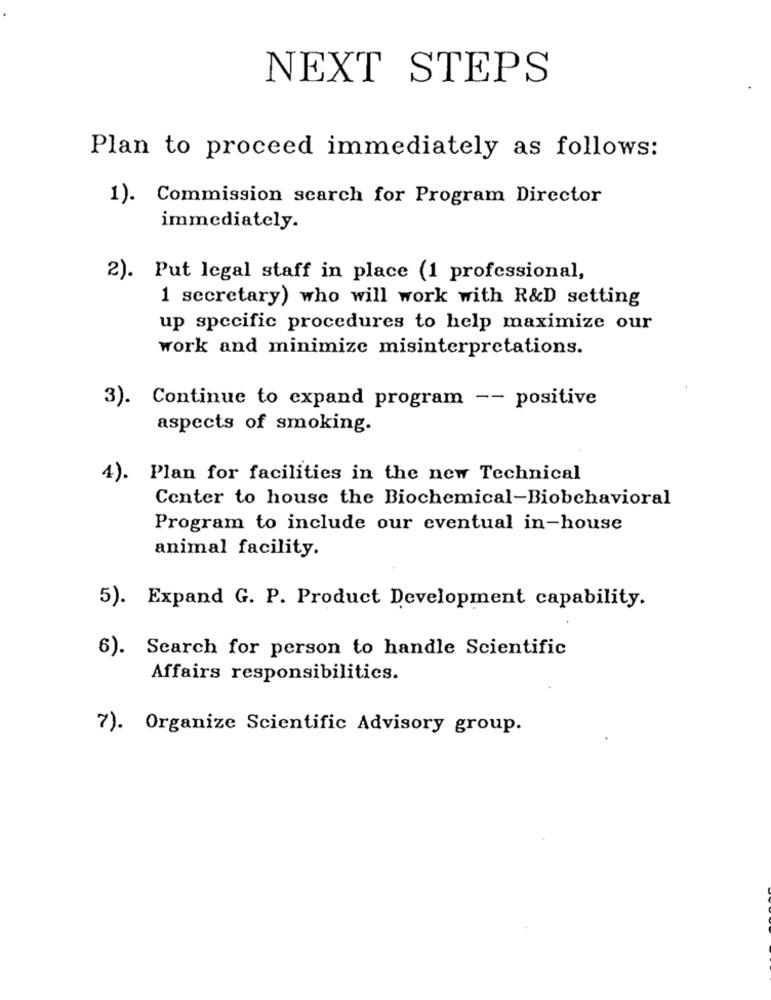
NEXT STEPS
Plan to proceed immediately as follows:
1). Commission search for Program Director
immediately.
2). Put legal staff in place (1 professional,
1 secretary) who will work with R&D setting
up specific procedures to help maximize our
work and minimize misinterpretations.
3). Continue to expand program -- positive
aspects of smoking.
1).
Plan for facilities in the new Technical
Center to house the Biochemical-Biobehavioral
Program to include our eventual in-house
animal facility.
5). Expand G. P. Product Development capability.
6). Search for person to handle Scientific
Affairs responsibilities.
7). Organize Scientific Advisory group.